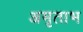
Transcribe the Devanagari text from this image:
अमृताभ